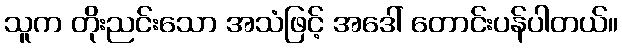
သူက တိုးညင်းသော အသံဖြင့် အဒေါ် တောင်းပန်ပါတယ်။